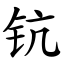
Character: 钪